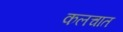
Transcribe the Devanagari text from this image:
कलचात